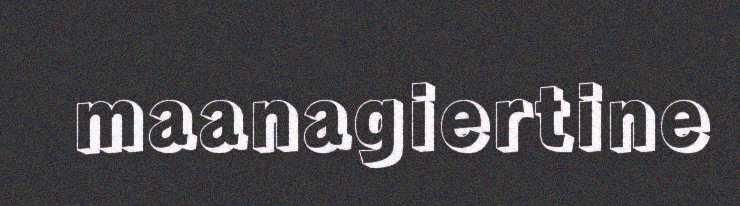
maanagiertine